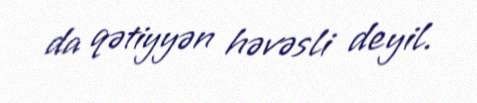
da qətiyyən həvəsli deyil.